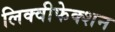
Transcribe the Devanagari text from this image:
लिक्वीफेक्शन